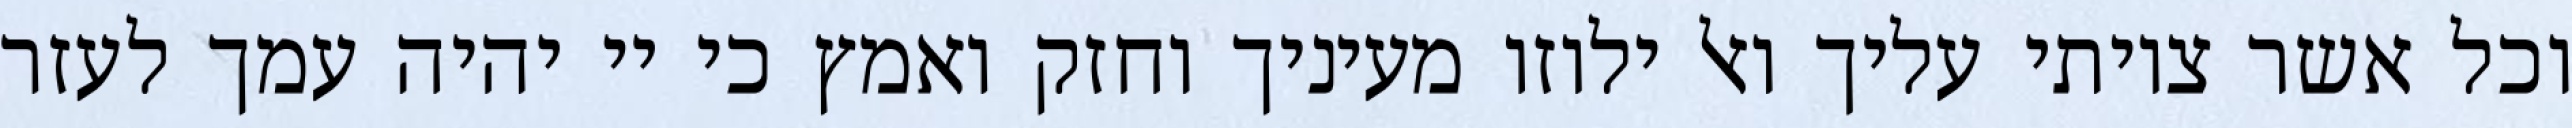
וכל אשר צויתי עליך ואל ילוזו מעיניך וחזק ואמץ כי יי יהיה עמך לעזר